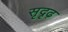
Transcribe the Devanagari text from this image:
सृदृढ़